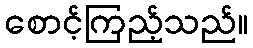
စောင့်ကြည့်သည်။